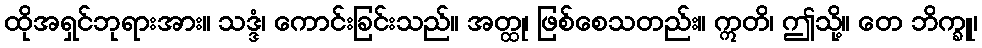
ထိုအရှင်ဘုရားအား။ သဒ္ဒံ၊ ကောင်းခြင်းသည်။ အတ္ထု၊ ဖြစ်စေသတည်း။ ဣတိ၊ ဤသို့။ တေ ဘိက္ခူ၊